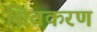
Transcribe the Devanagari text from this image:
शिवकरण